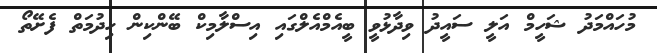
މުހައްމަދު ޝަހީމް އަލީ ސައީދު ވިދާޅުވީ ބީއެމްއެލްގައި އިސްލާމިކް ބޭންކިން ހިދުމަތް ފެށޭތޯ